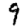
Digit: 9